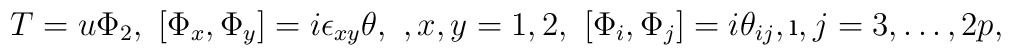
T=u \Phi_2, \ [\Phi_x,\Phi_y]=i\epsilon_{xy}\theta, \ , x,y=1,2, \ [\Phi_i,\Phi_j]=i\theta_{ij}, \i, j= 3,\dots, 2p,